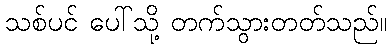
သစ်ပင် ပေါ်သို့ တက်သွားတတ်သည်။